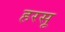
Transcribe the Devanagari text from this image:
हरसू